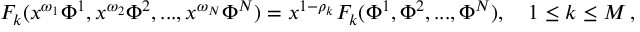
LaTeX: F _ { k } ( x ^ { \omega _ { 1 } } \Phi ^ { 1 } , x ^ { \omega _ { 2 } } \Phi ^ { 2 } , . . . , x ^ { \omega _ { N } } \Phi ^ { N } ) = x ^ { 1 - \rho _ { k } } F _ { k } ( \Phi ^ { 1 } , \Phi ^ { 2 } , . . . , \Phi ^ { N } ) , \quad 1 \le k \le M \, ,